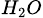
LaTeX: _{H_{2}O}